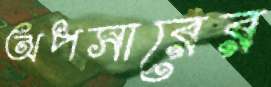
অপসারের